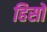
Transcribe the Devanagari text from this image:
हिसो